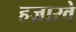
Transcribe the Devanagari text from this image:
हज़ारवे